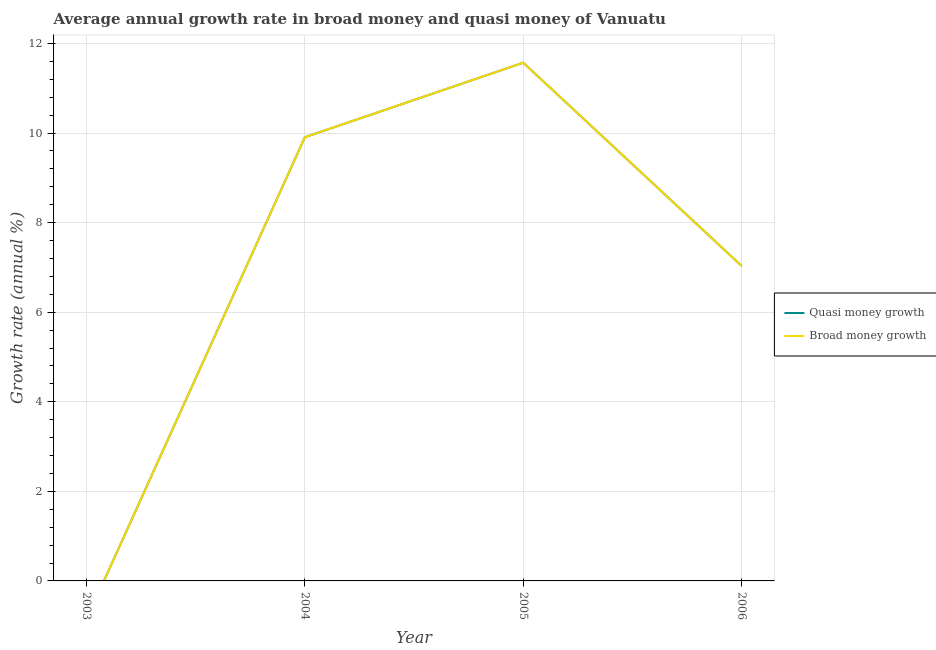
| Year | Quasi money growth | Broad money growth |
 | --- | --- | --- |
 | 2003 | -0.859 | -0.859 |
 | 2004 | 9.91 | 9.91 |
 | 2005 | 11.6 | 11.6 |
 | 2006 | 7.03 | 7.03 |